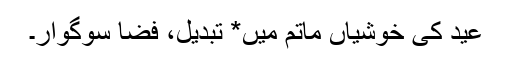
عید کی خوشیاں ماتم میں* تبدیل، فضا سوگوار۔